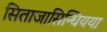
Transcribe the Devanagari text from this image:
सिताजासिन्धियया